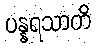
ပန္နရသာတိ